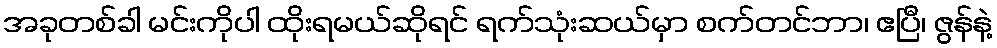
အခုတစ်ခါ မင်းကိုပါ ထိုးရမယ်ဆိုရင် ရက်သုံးဆယ်မှာ စက်တင်ဘာ၊ ဧပြီ၊ ဇွန်နဲ့